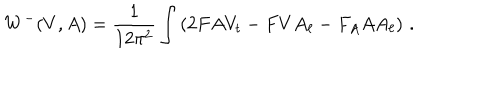
LaTeX: W ^ { - } ( V , A ) = \frac { 1 } { 1 2 \pi ^ { 2 } } \int \left( 2 F A V _ { t } - F V A _ { \ell } - F _ { A } A A _ { \ell } \right) \, .